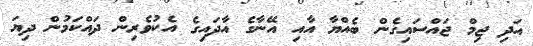
އަދި ޖިމް ޖައްސައިގެން ބެއްޔާ އާއި އޭނާގެ އާދައިގެ އެކުވެރިން ދައްކަމުން ދިޔަ